Annual statistical returns and brief notes on vaccination in Bengal - 1896-1909
Year: 1896
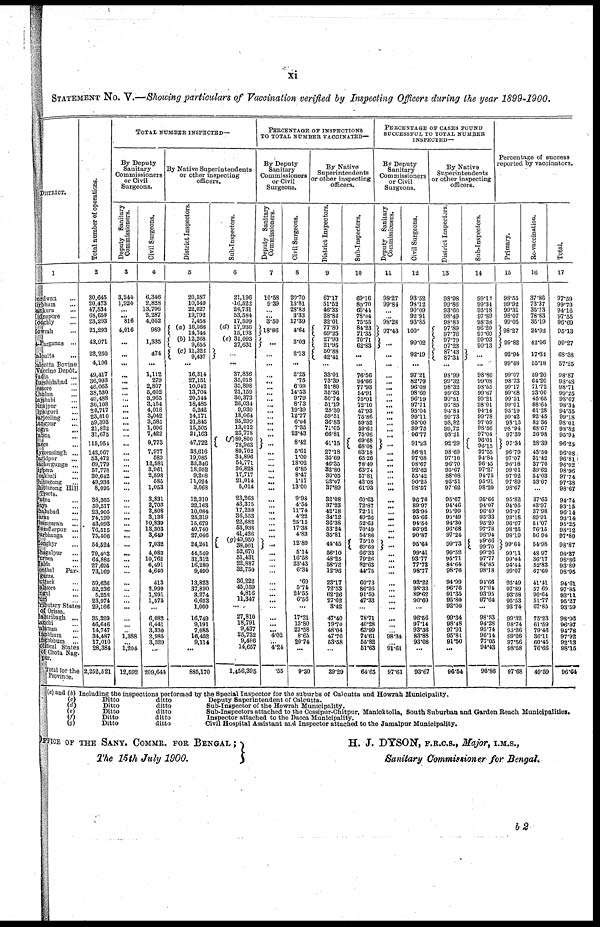
xi
STATEMENT No. V.—Showing particulars of Vaccination verified by Inspecting Officers during the year 1899-1900.
DISTRICT.
1
urdwan...
irbhum...
ankuru...
idnapore...
ooghly...
owrah...
24-Parganas...
alcutta...
alcutta Bovine
Vaccine Depôt.
adin...
urshidabad ...
essore...
Khulna...
ajshahi...
Dinajpur...
paiguri...
Darjeeling...
Nagpur... ogra...
abna...
acca...
ymensingh ...
aridpur...
ackergunge ...
ippera...
cakhali...
hittagong...
hittagong Hill
Tracts.
Patna...
aya...
hahabad...
aran...
hamparan...
uzaffarpur...
arbhanga...
longhyr...
hagalpur...
urnca...
lalda...
onthal
Par-
ganas.
uttack...
alasore...
ngul... uri...
ributary States
of Orissa.
azaribagh...
anchi...
alamau...
lanbhum...
langhbhum. . .
official States
of Chota Nag-
pur. Total for the
Province.
Total number of operations.
2
30,645
20,473
47,534
68,658
23,293
21,293
43,971
22,250
4,106
49,417
36,993
46,063
38,530
40,488
36,108
20,717
23,810
59,303
21,822
31,675
115,954
142,067
53,472
69,779
57,778
30,642
49,936
8,095
38,365
59,517
23,905
74,199
43,093
76,515
75,506
54,524
79,403
64,885
27,695
73,169
59,636
52,236
5,253
23,974
29,166
35,329
46,646
14,747
34,487
17,010
28,384
2,252,521
TOTAL NUMBER INSPECTED—
By Deputy
Sanitary
Commissioners
or Civil
Surgeons.
Deputy Sanitary
Commissioners.
3
3,244
1,924
...
... 816
4,016
...
...
...
...
...
...
...
...
...
...
...
...
...
...
...
... ...
...
...
...
...
...
...
...
...
...
...
...
...
...
...
...
...
...
...
...
...
...
...
...
... ...
1,388
...
1,204
12,592
Civil Surgeons.
4
6,346
2,828
13,706
2,287
4,052
989
1,335
474
...
1,112
279
2,807
5,602
3,965
3,154
4,018
3,042
3,585
1,606
7,422
9,773
7,977
583
12,581
3,961
2,598
585
1,053
3,831
2,703
2,808
3,138
10,839
13,303
3,649
7,032
4,083
10,762
6,491
4,640
413
2,999
1,291
1,575
...
6,082
6,441
3,330
2,985
3,529
...
209,644
By Native Superintendents
or other inspecting
officers.
District Inspectors.
5
20,587
10,549
22,027
19,792
7,458
(a) 16,566
14,746
(b)12,268
9,655
(c) 11,322
9,437
...
16,314
27,151
10,042
13,704
20,544
18,485
5,242
14,171
21,845
15,505
21,163
47,722
38,616
19,085
32,346
18,952
9,208
11,024
3,068
12,310
22,163
10,084
25,319
15,679
40,740
27,046
24,241
44,549
31,312
16,280
9,490
13,823
37,890
3,274
6,623
1,000
16,749
9,191
7,085
16,452
9,114
...
885,170
Sub-Inspectors.
6
21,196
16,522
28,731
53,584
17,599
(d) 17,936
15,193
(e) 31,093
27,631
...
...
37,836
35,018
35,898
21,159
30,373
26,034
9,930
18,064
35,299
13,012
23,778
(f)80,800
78,963
89,762
34,896
54,771
36,828
17,717
21,014
5,014
23,263
43,375
17,239
36,553
22,682
63,938
41,426
(g)40,950
38,001
52,670
51,431
22,887
32,750
36,222
45,059
4,816
11,347
...
27,810
18,791
9,437
25,732
9,496
14,657
1,456,395
PERCENTAGE OF INSPECTIONS
TO TOTAL NUMBER VACCINATED—
By Deputy
Sanitary
Commissioners
or Civil
Surgeons.
Deputy Sanitary
Commissioners.
7
10.58
9.39
...
... 3.50
18.86
...
...
...
...
...
...
...
...
...
...
...
...
...
...
...
...
...
...
...
...
...
...
...
...
...
...
...
...
...
...
...
...
...
...
...
...
...
...
...
...
...
... 4.02
... 4.24
.55
Civil Surgeons.
8
20.70
13.81
28.83
3.33
17.39
4.64
3.03
2.13
...
2.25
.75
6.09
14.53
9.79
8.73
19.39
12.77
6.04
7.35
23.43
8.42
5.61
1.09
18.02
6.85
8.47
1.17
13.00
9.98
4.64
11.74
4.22
25.15
17.38
4.83
12.89
5.14
16.58
23.43
6.34
.69
5.74
24.55
6.56
...
17.21
13.80
22.58
8.65
20.74
...
9.30
By Native
Superintendents
or other inspecting
officers.
District Inspectors.
9
67.17
51.52
46.33
28.82
32.01
77.80
69.25
27.90
21.95
50.88
42.41
...
33.01
73.39
21.80
36.56
50.74
51.19
25.30
59.51
36.83
71.05
66.81
41.156
27.18
35.69
46.35
32.80
30.05
22.07
37.89
32.08
37.23
42.18
34.12
36.38
53.24
35.81
44.45
56.10
48.25
58.78
12.96
23.17
72.63
62.26
27.62
3.42
47.40
19.70
48.04
47.70
53.58
...
39.29
Sub-Inspectors.
10
69.16
80.70
60.44
78.04
75.55
84.23
71.35
70.71
62.83
...
...
76.56
94.66
77.93
54.91
75.01
72.10
47.93
75.86
59.52
59.62
75.06
69.68
68.08
63.18
65.26
78.49
63.74
57.81
42.08
61.93
60.63
72.87
72.11
49.26
52.63
70.49
54.86
75.10
69.69
66.33
79.26
82.63
44.75
60.73
86.26
91.59
47.33
...
78.71
40.28
63.99
74.61
55.82
51.63
64.65
PERCENTAGE OF CASES FOUND
SUCCESSFUL TO TOTAL NUMBER
INSPECTED—
By Deputy
Sanitary
Commissioners
or Civil
Surgeons.
Deputy Sanitary
Commissioners.
11
98.27
99.84
...
...
98.28
97.43
...
...
...
...
...
...
...
...
...
...
...
...
...
...
...
...
...
...
...
...
...
...
...
...
...
...
...
...
...
...
...
...
...
...
...
...
...
...
...
...
...
...
98.34
...
91.61
97.61
Civil Surgeons.
12
93.52
98.12
90.09
92.91
93.85
100.
99.02
92.19
...
97.21
82.79
96.08
98.60
96.19
97.71
95.04
99.11
95.00
99.75
96.77
91.23
86.81
97.08
98.67
92.62
55.42
90.25
98.57
96.76
89.97
93.94
95.66
94.54
96.92
90.87
95.64
99.41
93.77
77.73
98.77
93.22
98.33
89.62
90.60
...
96.56
97.14
93.36
83.88
93.08
...
93.67
By Native
Superintendents
or other inspecting
officers.
District Inspectors.
13
98.98
99.86
93.60
98.49
98.83
97.89
97.76
97.79
97.23
87.43
87.34
...
98.99
99.32
98.32
99.63
99.51
97.85
94.84
99.73
98.82
99.72
98.21
92.29
98.69
97.10
96.70
95.67
88.08
95.51
97.62
95.67
94.46
95.99
90.49
94.30
96.68
97.24
99.73
99.52
95.71
84.64
98.76
94.99
96.76
91.35
95.80
92.00
99.34
98.48
97.91
95.81
91.50
...
96.54
Sub-Inspectors.
14
99.12
99.34
95.18
97.89
98.38
96.20
97.60
99.03
99.13
...
...
98.86
99.08
98.55
99.67
99.21
98.01
94.14
99.78
97.09
98.56
97.04
96.01
96.15
97.55
94.84
96.45
97.27
94.75
95.91
98.20
95.66
94.07
96.49
95.33
95.20
97.78
96.94
99.66 99.70
99.26
97.77
84.86
98.18
94.66
97.0
93.95
97.64
...
98.53
94.28
95.74
96.14
77.05
94.43
96.86
Percentage of success
reported by vaccinators.
Primary.
15
98.55
99.92
99.31
98.07
99.05
98.27
99.82
92.94
99.48
99.07
98.73
99.17
99.68
99.51
99.01
95.19
99.42
98.15
98.94
97.39
97.34
96.79
97.07
96.18
99.01
97.92
97.89
98.67
95.82
94.05
96.97
93.18
96.07
98.25
98.19
99.64
99.11
99.04
94.41
99.07
95.49
97.89
93.58
95.53
93.74
99.32
98.74
95.26
99.26
97.56
98.58
97.68
Re-vaccination.
16
37.86
73.37
35.73
78.83
35.19
24.02
42.06
17.34
55.18
59.20
64.20
71.72
23.00
45.65
88.64
61.28
92.45
82.36
68.67
26.98
28.39
43.50
31.42
37.70
39.62
54.03
33.07
...
37.65
43.97
37.98
89.91
51.07
76.15
56.94
54.98
48.97
36.17
52.83
67.60
41.41
57.69
90.64
51.77
67.85
75.23
61.59
79.46
36.11
60.45
76.66
49.59
Total.
17
97.69
99.70
94.16
97.55
96.69
95.13
99.27
68.38
57.25
98.87
93.48
98.71
99.25
98.67
98.34
94.35
99.18
98.01
98.82
95.94
96.25
96.08
96.81
96.02
98.96
97.74
97.38
98.67
94.74
93.15
96.14
93.14
95.25
98.12
97.80
98.87
98.37
98.86
93.89
98.95
94.61
97.85
93.11
95.27
93.59
98.96
96.97
94.78
97.92
92.13
98.15
96.64
(a) and (b) Including the inspections performed by the Special Inspector for the suburbs of Calcutta and Howrah Municipality.
(c) Ditto ditto Deputy Superintendent of Calcutta.
(d)
Ditto
ditto
Sub-Inspector of the Howrah Municipality.
(e)
Ditto
ditto
Sub-Inspectors attached to the Cossipur-Chitpur, Manicktolla, South Suburban and Garden Beach Municipalities.
(f)
Ditto
ditto
Inspector attached to the Dacca Municipality.
(g)
Ditto
ditto
Civil Hospital Assistant and Inspector attached to the Jamalpur Municipality.
OFFICE OF THE SANY. COMMR. FOR BENGAL ;
The 15th July 1900.
H. J. DYSON, F.R.C.S., Major, I.M.S.,
Sanitary Commissioner for Bengal.
b 2